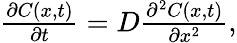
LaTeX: \begin{array}{r}{\frac{\partial C(x,t)}{\partial t}=D\frac{\partial^{2}C(x,t)}{\partial x^{2}},}\end{array}